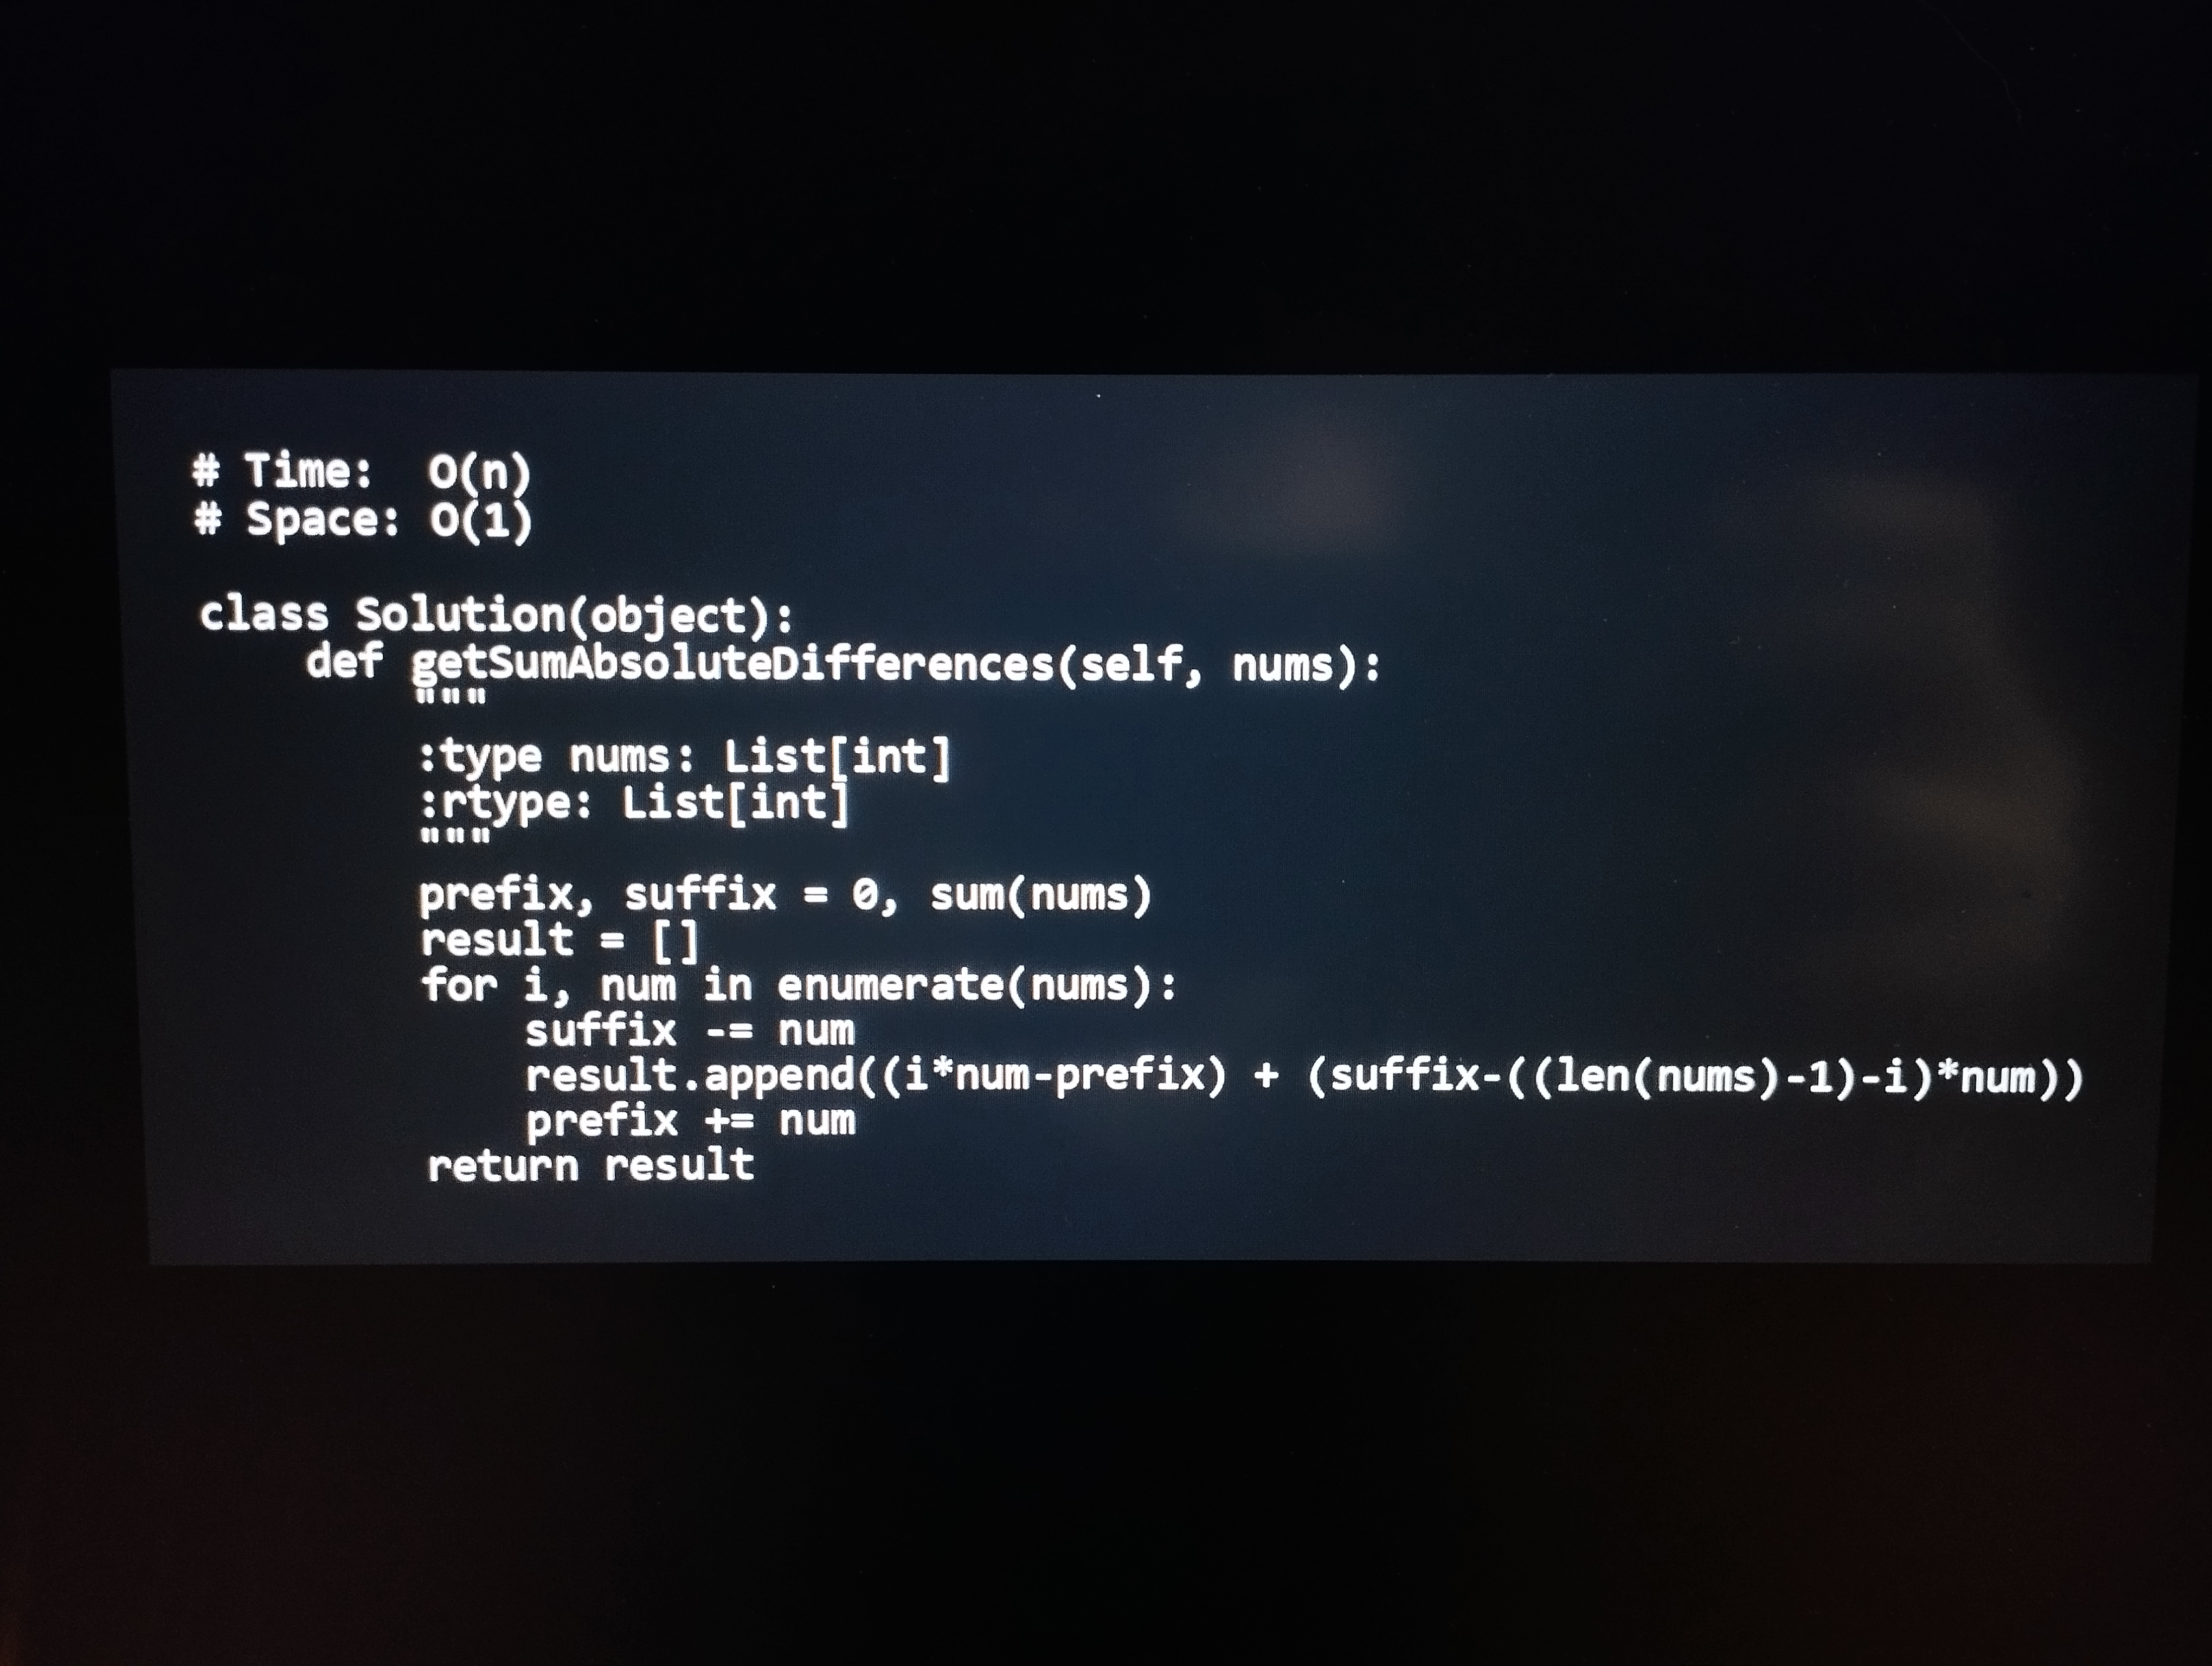
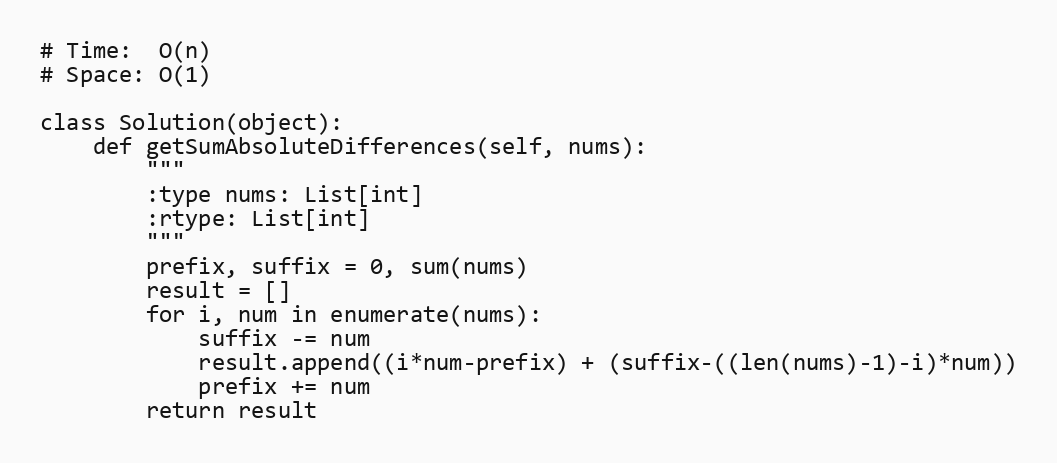
# Time:  O(n)
# Space: O(1)

class Solution(object):
    def getSumAbsoluteDifferences(self, nums):
        """
        :type nums: List[int]
        :rtype: List[int]
        """
        prefix, suffix = 0, sum(nums)
        result = []
        for i, num in enumerate(nums):
            suffix -= num
            result.append((i*num-prefix) + (suffix-((len(nums)-1)-i)*num))
            prefix += num
        return result